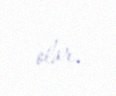
olar.